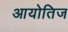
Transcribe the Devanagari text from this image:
आयोतिज